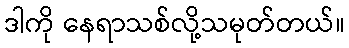
ဒါကို နေရာသစ်လို့သမုတ်တယ်။